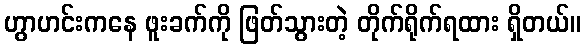
ဟွာဟင်းကနေ ဖူးခက်ကို ဖြတ်သွားတဲ့ တိုက်ရိုက်ရထား ရှိတယ်။